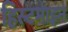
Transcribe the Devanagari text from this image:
हिस्र्टमाइन